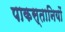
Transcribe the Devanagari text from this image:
पाकस्तानियों